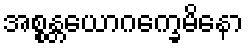
အစ္စန္တယောဂက္ခေမိနော